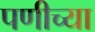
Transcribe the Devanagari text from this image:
पणीच्या